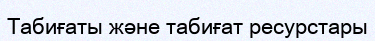
Табиғаты және табиғат ресурстары